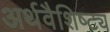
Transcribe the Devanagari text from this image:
अर्थवैशिष्ट्य